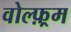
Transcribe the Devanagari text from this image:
वोल्फ़्रम